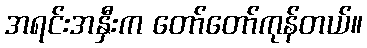
အရင်းအနှီးက တော်တော်ကုန်တယ်။